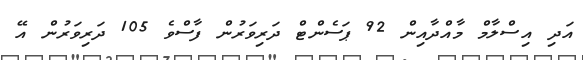
އަދި އިސްލާމް މާއްދާއިން 92 ޕަސެންޓް ދަރިވަރުން ފާސްވެ 105 ދަރިވަރުން އޭ